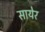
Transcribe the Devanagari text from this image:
सायेर